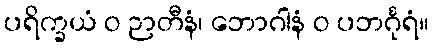
ပရိက္ခယံ ဝ ဉာတီနံ၊ ဘောဂါနံ ဝ ပဘင်္ဂုရံ။